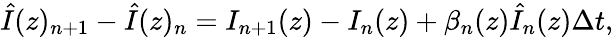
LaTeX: \hat{I}(z)_{n+1}-\hat{I}(z)_{n}=I_{n+1}(z)-I_{n}(z)+\beta_{n}(z)\hat{I}_{n}(z)\Delta t,